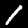
Digit: 1